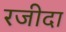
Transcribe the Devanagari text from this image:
रजीदा